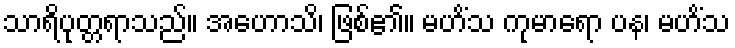
သာရိပုတ္တရာသည်။ အဟောသိ၊ ဖြစ်၏။ မဟိံသ ကုမာရော ပန၊ မဟိံသ